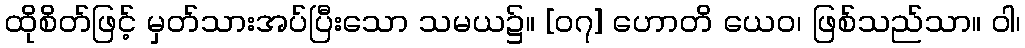
ထိုစိတ်ဖြင့် မှတ်သားအပ်ပြီးသော သမယ၌။ [၀၇] ဟောတိ ယေဝ၊ ဖြစ်သည်သာ။ ဝါ၊